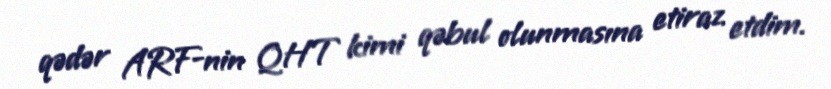
qədər ARF-nin QHT kimi qəbul olunmasına etiraz etdim.